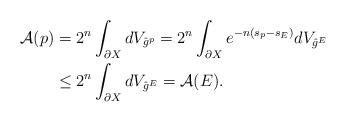
LaTeX: \begin{align*}\begin{aligned} \mathcal{A}(p)&=2^n\int_{\partial X}dV_{\hat{g}^p}=2^n\int_{\partial X}e^{-n(s_p-s_E)}dV_{\hat{g}^E}\\&\leq2^n\int_{\partial X}dV_{\hat{g}^E}=\mathcal{A}(E).\end{aligned}\end{align*}